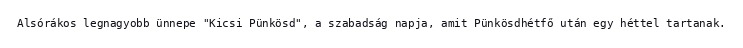
Alsórákos legnagyobb ünnepe "Kicsi Pünkösd", a szabadság napja, amit Pünkösdhétfő után egy héttel tartanak.